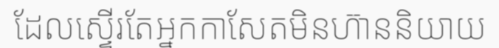
ដែលស្ទើរតែអ្នកកាសែតមិនហ៊ាននិយាយ